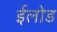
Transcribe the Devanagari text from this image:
ईलोड